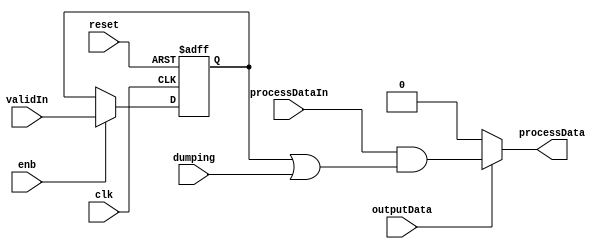
// -------------------------------------------------------------
// 
// 
// Generated by MATLAB 9.14 and HDL Coder 4.1
// 
// -------------------------------------------------------------


// -------------------------------------------------------------
// 
// Module: GateProcessData
// Source Path: EdgeDetectionAndOverlayHDL/Pixel-Stream HDL Model/Edge Detection/Edge Detector/LineBuffer/GateProcessData
// Hierarchy Level: 4
// 
// -------------------------------------------------------------

`timescale 1 ns / 1 ns

module GateProcessData
          (clk,
           reset,
           enb,
           processDataIn,
           validIn,
           dumping,
           outputData,
           processData);


  input   clk;
  input   reset;
  input   enb;
  input   processDataIn;
  input   validIn;
  input   dumping;
  input   outputData;
  output  processData;


  wire processNull;
  reg  validREG;
  wire validOrDumping;
  wire processValid;


  assign processNull = 1'b0;



  always @(posedge clk or posedge reset)
    begin : reg_rsvd_process
      if (reset == 1'b1) begin
        validREG <= 1'b0;
      end
      else begin
        if (enb) begin
          validREG <= validIn;
        end
      end
    end



  assign validOrDumping = validREG | dumping;



  assign processValid = processDataIn & validOrDumping;



  assign processData = (outputData == 1'b0 ? processNull :
              processValid);



endmodule  // GateProcessData